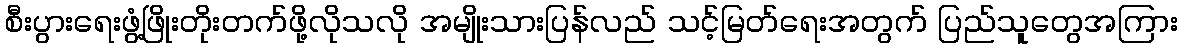
စီးပွားရေးဖွံ့ဖြိုးတိုးတက်ဖို့လိုသလို အမျိုးသားပြန်လည် သင့်မြတ်ရေးအတွက် ပြည်သူတွေအကြား